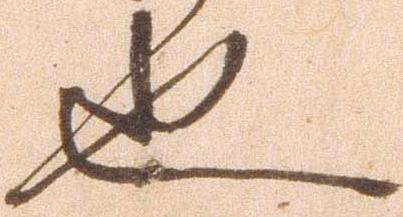
也